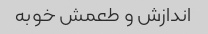
اندازش و طعمش خوبه